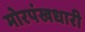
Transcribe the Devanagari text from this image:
मोरपंखधारी